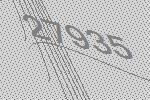
27935